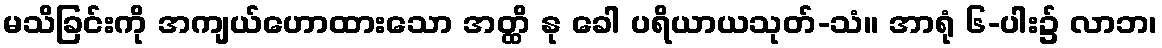
မသိခြင်းကို အကျယ်ဟောထားသော အတ္ထိ နု ခေါ ပရိယာယသုတ်-သံ။ အာရုံ ၆-ပါး၌ လာဘ၊